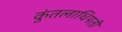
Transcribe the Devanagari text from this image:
कुंतलाधिपती